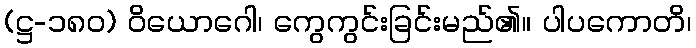
(ဋ္ဌ-၁၈၀) ဝိယောဂေါ၊ ကွေကွင်းခြင်းမည်၏။ ပါပကောတိ၊